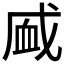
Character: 𰳧